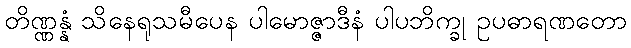
တိဏ္ဏန္နံ သိနေရုသမီပေန ပါမောဇ္ဇာဒီနံ ပါပဘိက္ခု ဥပဓာရဏတော